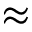
\approx